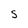
Character: S